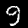
Digit: 9